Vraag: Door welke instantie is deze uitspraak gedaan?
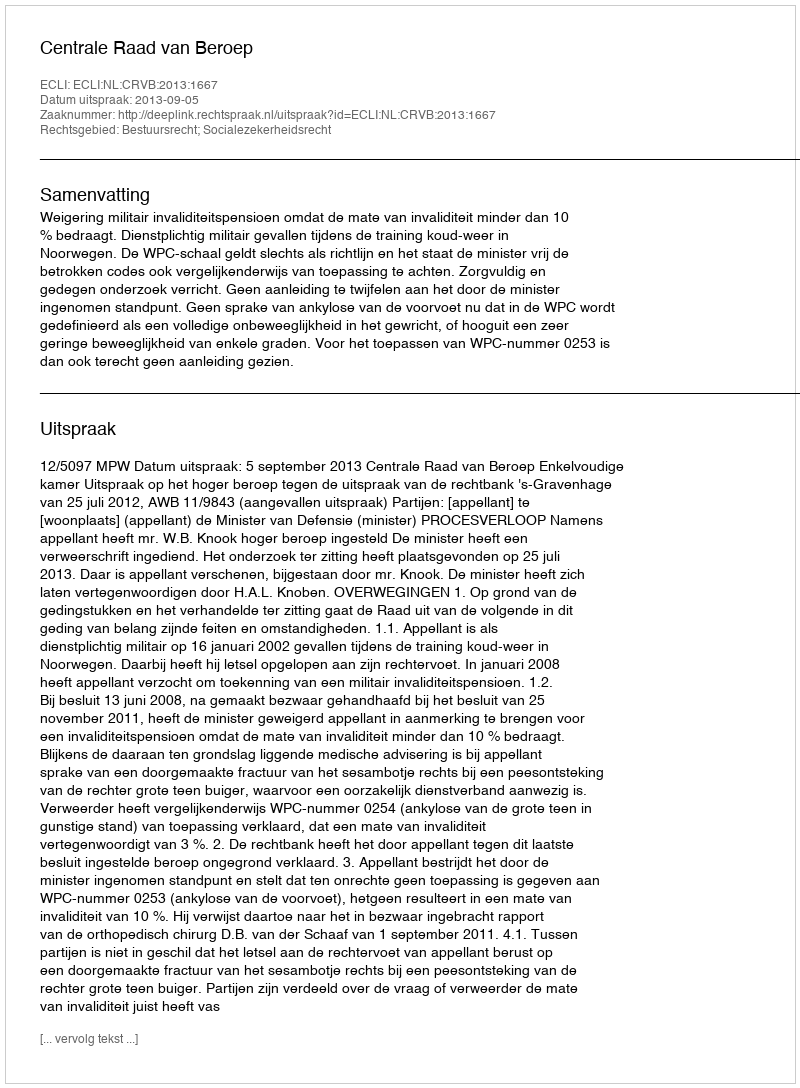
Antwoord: Centrale Raad van Beroep